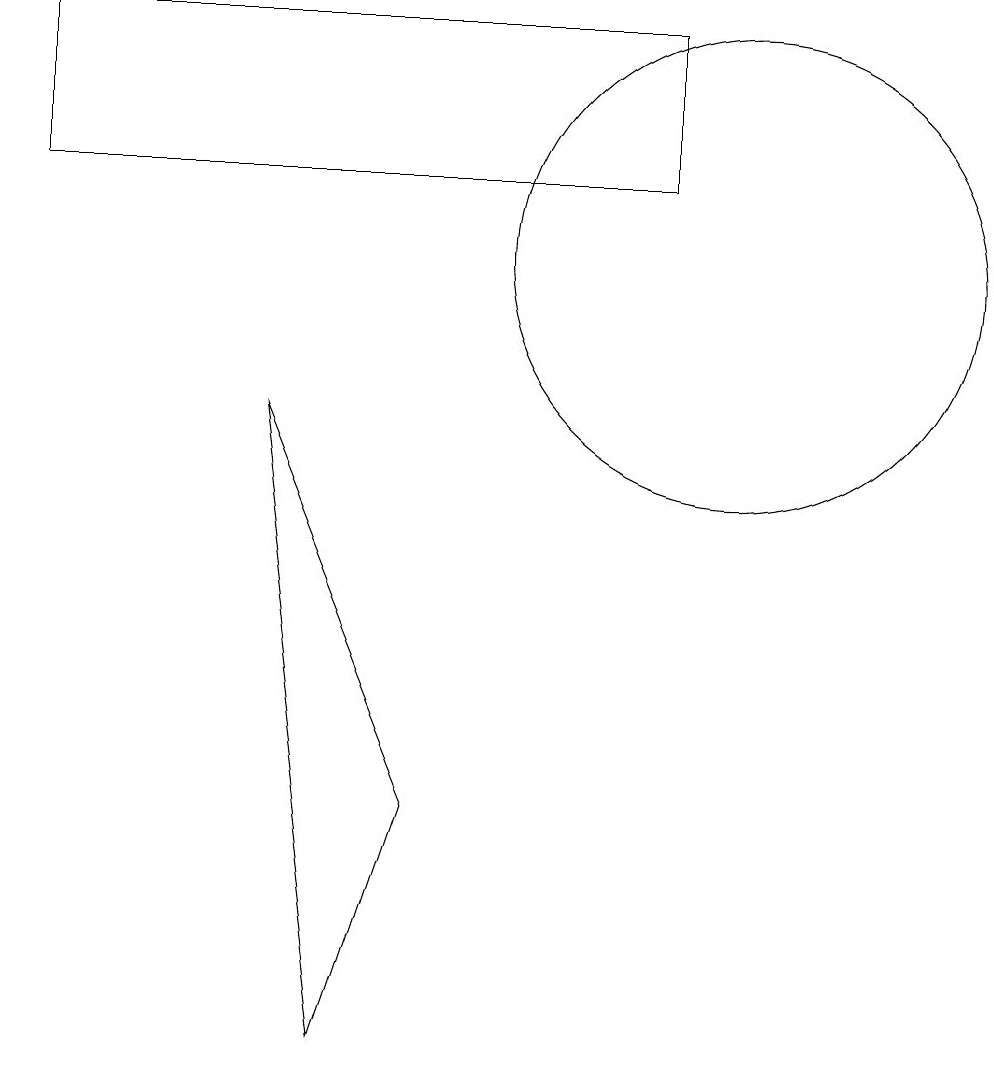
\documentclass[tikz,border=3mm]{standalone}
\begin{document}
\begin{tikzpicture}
\draw (10,10) circle (3);
\draw (4,8) -- (5,0) -- (6,3) -- cycle;
\draw (1,11) rectangle (9,13);
\draw (10,11) circle (0);
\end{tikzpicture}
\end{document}